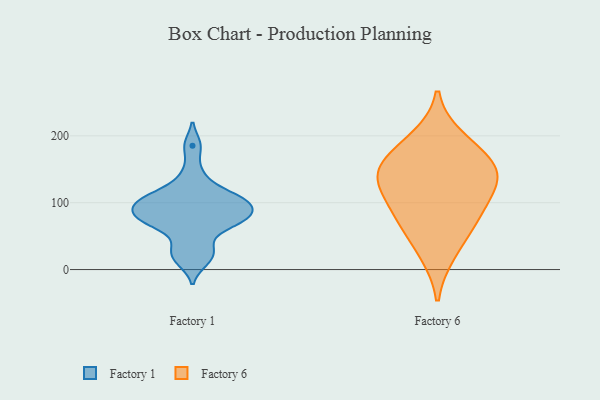
{"axis": {"x": "Waste Production (Tons)", "y": "Value"}, "legend": ["Factory 1", "Factory 6"], "data": [{"x": "", "y": 110, "type": "Factory 1"}, {"x": "", "y": 74, "type": "Factory 1"}, {"x": "", "y": 13, "type": "Factory 1"}, {"x": "", "y": 98, "type": "Factory 1"}, {"x": "", "y": 36, "type": "Factory 1"}, {"x": "", "y": 73, "type": "Factory 1"}, {"x": "", "y": 23, "type": "Factory 1"}, {"x": "", "y": 185, "type": "Factory 1"}, {"x": "", "y": 107, "type": "Factory 1"}, {"x": "", "y": 92, "type": "Factory 1"}, {"x": "", "y": 74, "type": "Factory 1"}, {"x": "", "y": 112, "type": "Factory 1"}, {"x": "", "y": 97, "type": "Factory 1"}, {"x": "", "y": 82, "type": "Factory 1"}, {"x": "", "y": 67, "type": "Factory 1"}, {"x": "", "y": 142, "type": "Factory 1"}, {"x": "", "y": 100, "type": "Factory 6"}, {"x": "", "y": 146, "type": "Factory 6"}, {"x": "", "y": 75, "type": "Factory 6"}, {"x": "", "y": 24, "type": "Factory 6"}, {"x": "", "y": 151, "type": "Factory 6"}, {"x": "", "y": 135, "type": "Factory 6"}, {"x": "", "y": 70, "type": "Factory 6"}, {"x": "", "y": 130, "type": "Factory 6"}, {"x": "", "y": 196, "type": "Factory 6"}, {"x": "", "y": 174, "type": "Factory 6"}]}